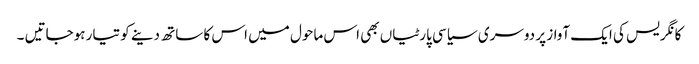
کانگریس کی ایک آواز پر دوسری سیاسی پارٹیاں بھی اس ماحول میں اس کا ساتھ دینے کو تیار ہوجاتیں ۔